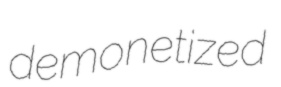
demonetized